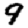
Digit: 9